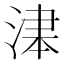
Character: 𱧃